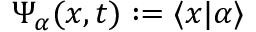
\Psi _ { \alpha } ( x , t ) : = \langle x | \alpha \rangle